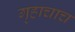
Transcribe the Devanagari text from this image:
गृहाचाच